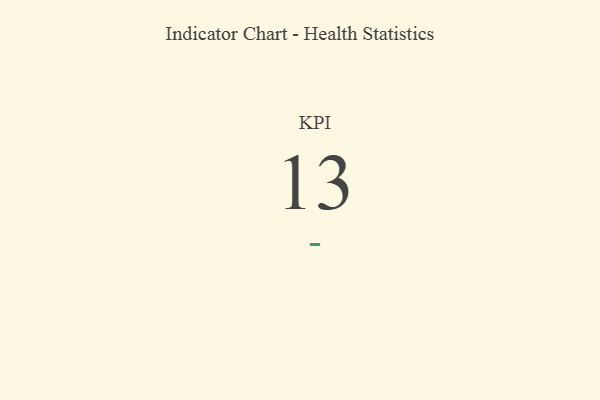
{"axis": {"x": "KPI", "y": "Value"}, "legend": [""], "data": [{"x": "KPI", "y": 13, "type": ""}]}